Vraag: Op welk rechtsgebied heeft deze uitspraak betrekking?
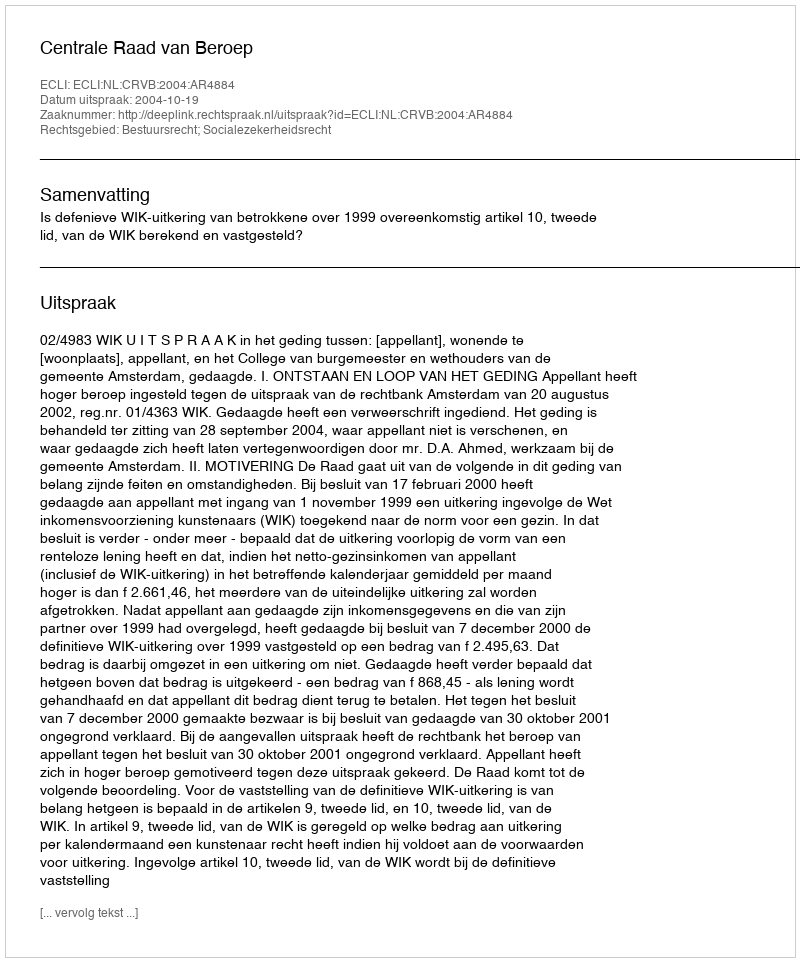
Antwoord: Bestuursrecht; Socialezekerheidsrecht